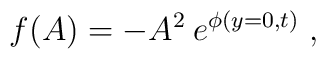
f(A)=-A^2\:e^{\phi(y=0,t)}\; ,